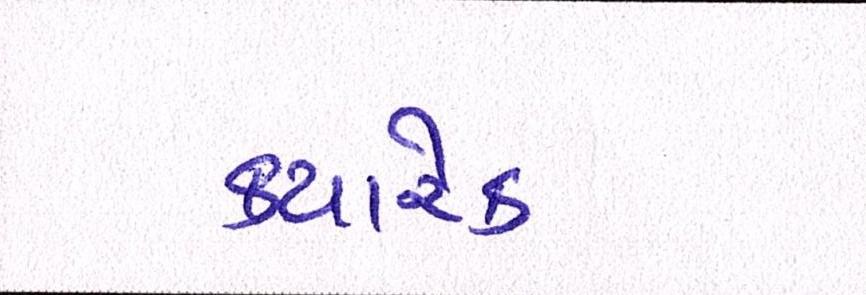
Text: ક્યારેક